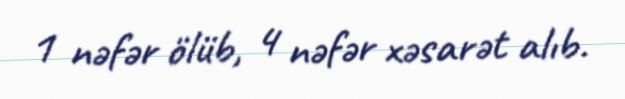
1 nəfər ölüb, 4 nəfər xəsarət alıb.